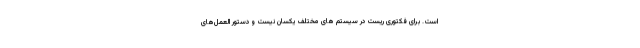
است. برای فکتوری ریست در سیستم های مختلف یکسان نیست و دستور العمل‌های